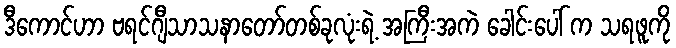
ဒီကောင်ဟာ ဗရင်ဂျီသာသနာတော်တစ်ခုလုံးရဲ့ အကြီးအကဲ ခေါင်းပေါ် က သရဖူကို